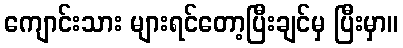
ကျောင်းသား များရင်တော့ပြီးချင်မှ ပြီးမှာ။